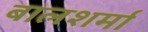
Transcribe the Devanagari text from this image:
बालशर्मा